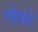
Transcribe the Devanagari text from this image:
लोफो